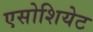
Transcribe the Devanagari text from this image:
एसोशियेट